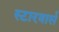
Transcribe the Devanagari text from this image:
स्टारवार्स